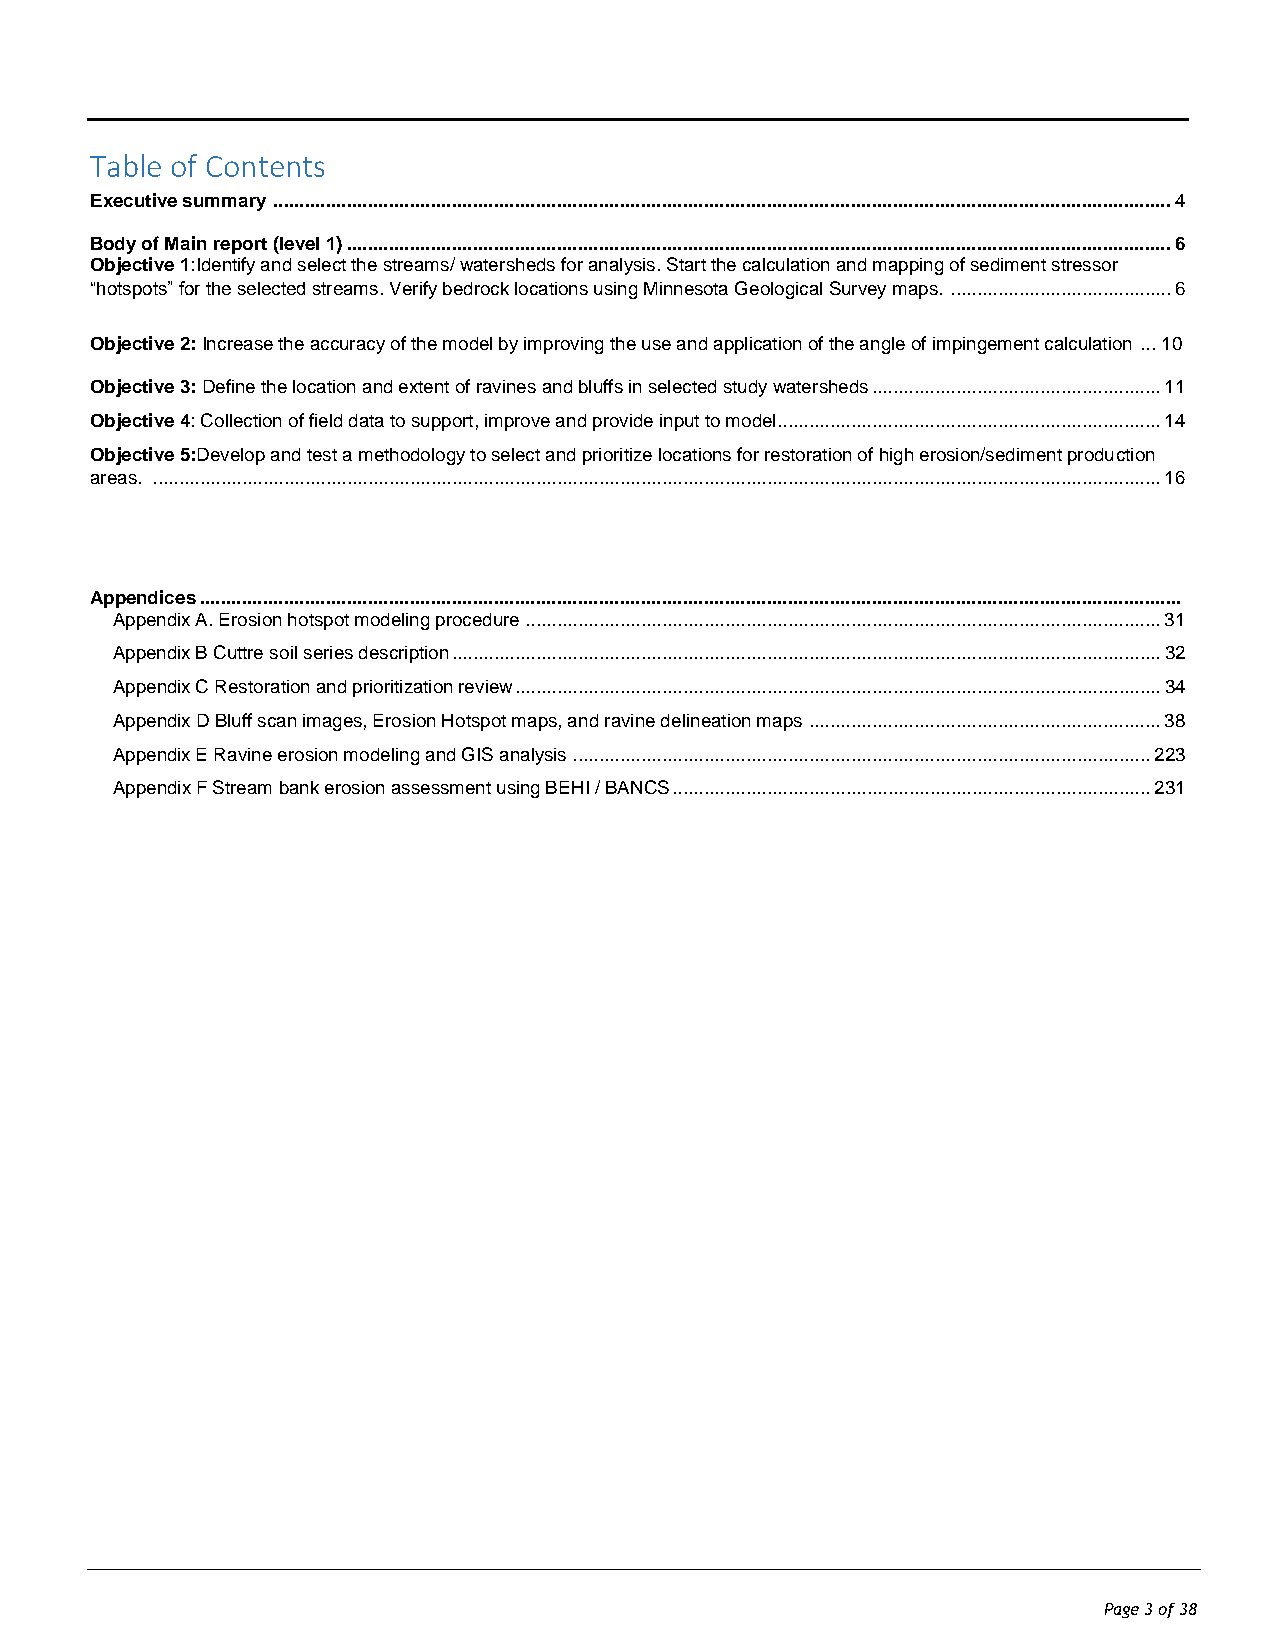
Table of Contents
 Executive summary ........................................................................................................................................................................... 4
 Body of Main report (level 1) ............................................................................................................................................................. 6
 Objective 1:Identify and select the streams/ watersheds for analysis. Start the calculation and mapping of sediment stressor
 “hotspots” for the selected streams. Verify bedrock locations using Minnesota Geological Survey maps. .......................................... 6
 Objective 2: Increase the accuracy of the model by improving the use and application of the angle of impingement calculation ... 10
 Objective 3: Define the location and extent of ravines and bluffs in selected study watersheds ....................................................... 11
 Objective 4: Collection of field data to support, improve and provide input to model......................................................................... 14
 Objective 5:Develop and test a methodology to select and prioritize locations for restoration of high erosion/sediment production
 areas. ................................................................................................................................................................................................ 16
 Appendices ...........................................................................................................................................................................................
 Appendix A. Erosion hotspot modeling procedure ......................................................................................................................... 31
 Appendix B Cuttre soil series description ....................................................................................................................................... 32
 Appendix C Restoration and prioritization review ........................................................................................................................... 34
 Appendix D Bluff scan images, Erosion Hotspot maps, and ravine delineation maps ................................................................... 38
 Appendix E Ravine erosion modeling and GIS analysis .............................................................................................................. 223
 Appendix F Stream bank erosion assessment using BEHI / BANCS ........................................................................................... 231
 Page 3 of 38